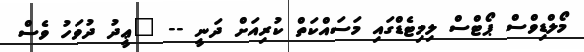
މޯލްޑިވްސް ޕޯޓްސް ލިމިޓެޑްގައި މަސައްކަތް ކުރިއަށް ދަނީ -- "ޢީދު ދުވަހު ވެސް